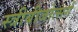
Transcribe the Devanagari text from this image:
स्त्रीबीजोत्सर्ग